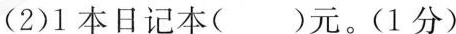
(2)1本日记本( )元。(1分)